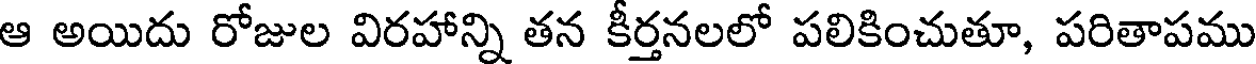
ఆ అయిదు రోజుల విరహాన్ని తన కీర్తనలలో పలికించుతూ, పరితాపము